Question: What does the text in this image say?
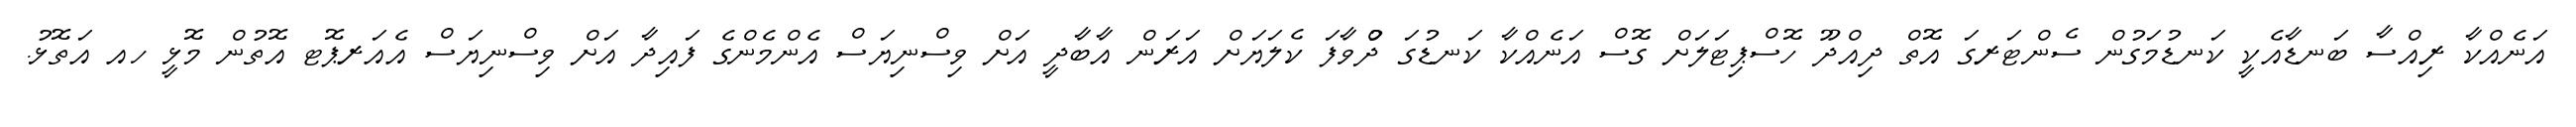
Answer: އަނެއްކާ ރިއްސާ ބަނޑާއެކީ ކަނޑުމަގުން ސެންޓަރގަ އޮތް ދިއްދޫ ހޮސްޕިޓަލަށް ގޮސް އަނެއްކާ ކަނޑުގަ ދުްވާފަ ކެލަޔަށް އަރަން އާބާދީ އަށް ވިސްނިޔަސް އެންމެންގެ ފައިދާ އަށް ވިސްނިޔަސް އެއަރޕޮޓ އޮތުން މޮޅީ ހއ އަތޮޅު.